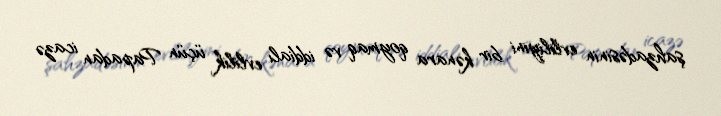
şahzadəsinin evliliyini bir kənara qoymaq və iddialı evlilik üçün Papadan icazə